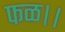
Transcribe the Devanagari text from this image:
फळ।।